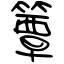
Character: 簟